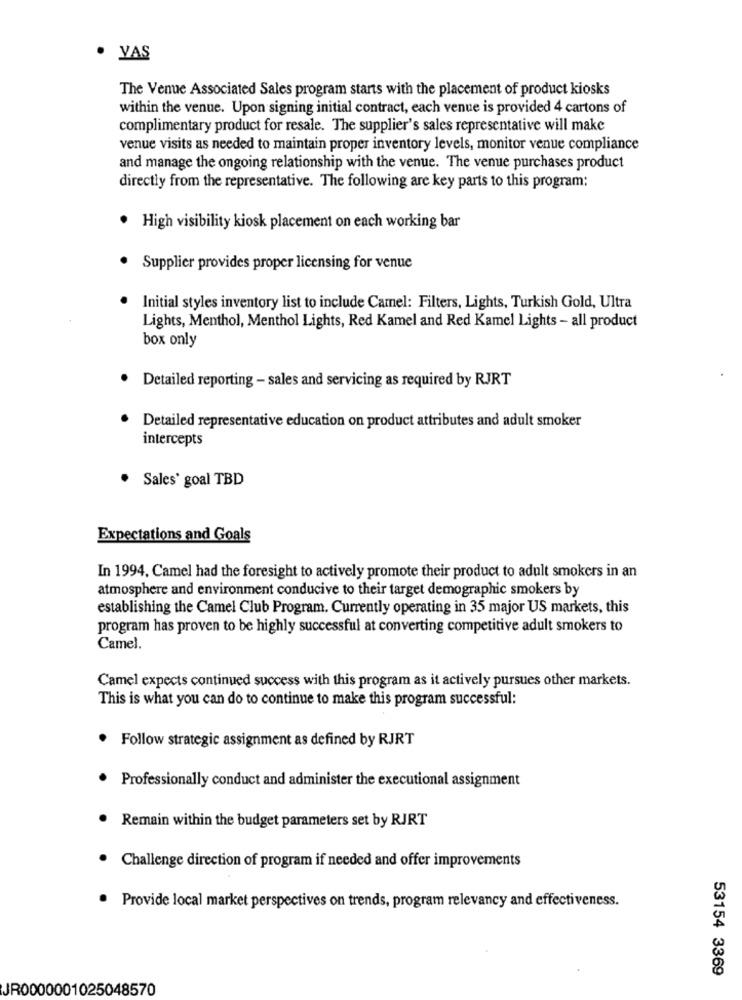
· YAS
The Venue Associated Sales program starts with the placement of product kiosks
within the venue. Upon signing initial contract, each venue is provided 4 cartons of
complimentary product for resale. The supplier's sales representative will make
venue visits as needed to maintain proper inventory levels, monitor venue compliance
and manage the ongoing relationship with the venue. The venue purchases product
directly from the representative. The following are key parts to this program:
· High visibility kiosk placement on each working bar
Supplier provides proper licensing for venue
Initial styles inventory list to include Camel: Filters, Lights, Turkish Gold, Ultra
Lights, Menthol, Menthol Lights, Red Kamel and Red Kamel Lights - all product
box only
Detailed reporting - sales and servicing as required by RJRT
Detailed representative education on product attributes and adult smoker
intercepts
. Sales' goal TBD
Expectations and Goals
In 1994, Camel had the foresight to actively promote their product to adult smokers in an
atmosphere and environment conducive to their target demographic smokers by
establishing the Camel Club Program. Currently operating in 35 major US markets, this
program has proven to be highly successful at converting competitive adult smokers to
Camel.
Camel expects continued success with this program as it actively pursues other markets.
This is what you can do to continue to make this program successful:
Follow strategic assignment as defined by RJRT
Professionally conduct and administer the executional assignment
. Remain within the budget parameters set by RJRT
. Challenge direction of program if needed and offer improvements
· Provide local market perspectives on trends, program relevancy and effectiveness.
53154 3369
JR0000001025048570